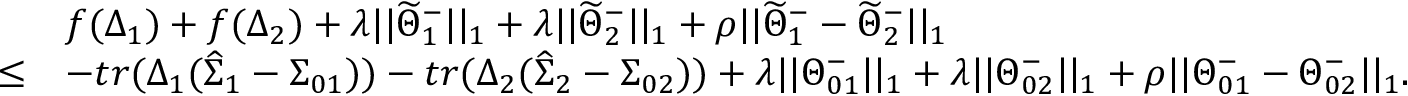
\begin{array} { r l } & { f ( \Delta _ { 1 } ) + f ( \Delta _ { 2 } ) + \lambda | | \widetilde { \Theta } _ { 1 } ^ { - } | | _ { 1 } + \lambda | | \widetilde { \Theta } _ { 2 } ^ { - } | | _ { 1 } + \rho | | \widetilde { \Theta } _ { 1 } ^ { - } - \widetilde { \Theta } _ { 2 } ^ { - } | | _ { 1 } } \\ { \leq } & { - t r ( \Delta _ { 1 } ( \widehat { \Sigma } _ { 1 } - \Sigma _ { 0 1 } ) ) - t r ( \Delta _ { 2 } ( \widehat { \Sigma } _ { 2 } - \Sigma _ { 0 2 } ) ) + \lambda | | \Theta _ { 0 1 } ^ { - } | | _ { 1 } + \lambda | | \Theta _ { 0 2 } ^ { - } | | _ { 1 } + \rho | | \Theta _ { 0 1 } ^ { - } - \Theta _ { 0 2 } ^ { - } | | _ { 1 } . } \end{array}